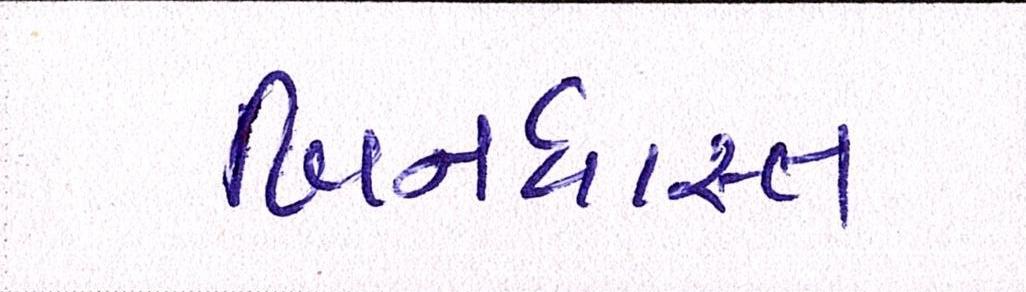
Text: બિનધાસ્ત